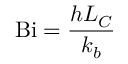
\mathrm { B i } = { \frac { h L _ { C } } { k _ { b } } }